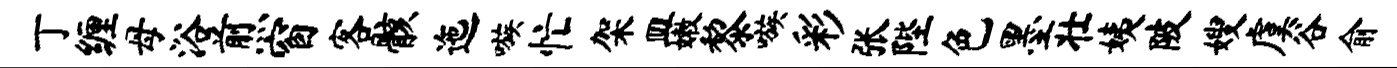
丁缠母浴煎窗客骸迤嗾忙架皿嫩黎嗾彩张陛色墨壮姨陂嫂虞谷俞